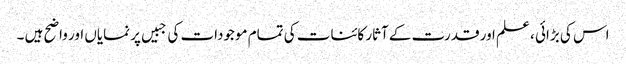
اس کی بڑائی ، علم اور قدرت کے آثار کائنات کی تمام موجودات کی جبیں پر نمایاں اور واضح ہیں ۔